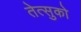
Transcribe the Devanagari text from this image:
तेत्सुको